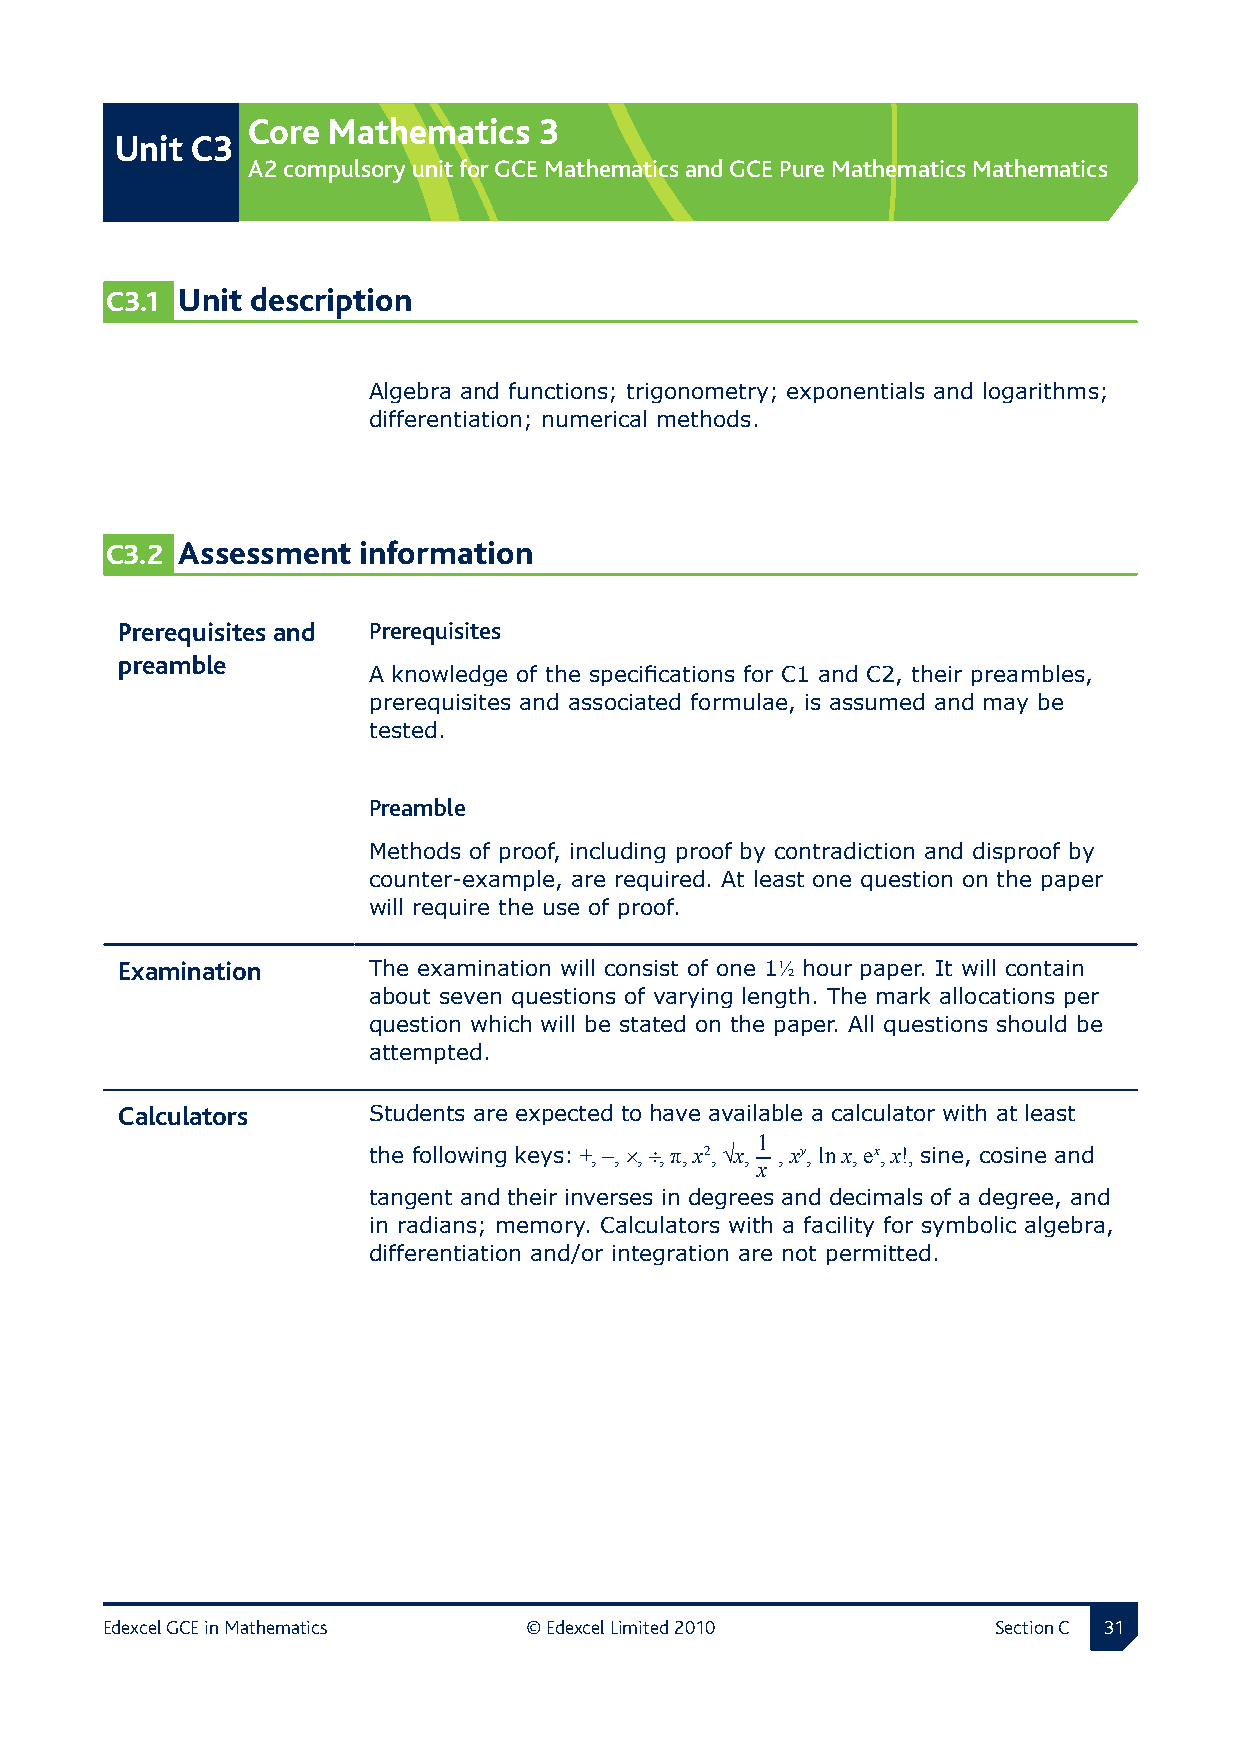
Core  Mathematics   3
 Unit C3
 A2 compulsory unit for GCE Mathematics and GCE Pure Mathematics Mathematics
 C3.1 Unit description
 Algebra and functions; trigonometry; exponentials and logarithms;
 differentiation; numerical methods.
 C3.2 Assessment  information
 Prerequisites and  Prerequisites
 preamble
 A knowledge of the specifications for C1 and C2, their preambles,
 prerequisites and associated formulae, is assumed and may be
 tested.
 Preamble
 Methods of proof, including proof by contradiction and disproof by
 counter-example, are required. At least one question on the paper
 will require the use of proof.
 Examination     The examination will consist of one 1½ hour paper. It will contain
 about seven questions of varying length. The mark allocations per
 question which will be stated on the paper. All questions should be
 attempted.
 Calculators     Students are expected to have available a calculator with at least
 1
 the following keys: +, −, ×, ÷, π, x2, √x, , xy, ln x, ex, x!, sine, cosine and
 x
 tangent and their inverses in degrees and decimals of a degree, and
 in radians; memory. Calculators with a facility for symbolic algebra,
 differentiation and/or integration are not permitted.
 Edexcel GCE in Mathematics  © Edexcel Limited 2010         Section C 1